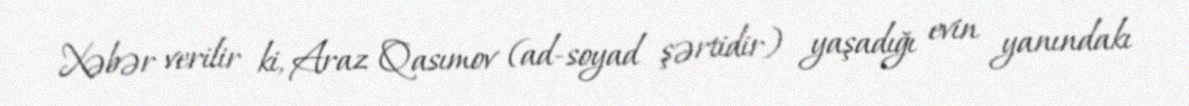
Xəbər verilir ki, Araz Qasımov (ad-soyad şərtidir) yaşadığı evin yanındakı